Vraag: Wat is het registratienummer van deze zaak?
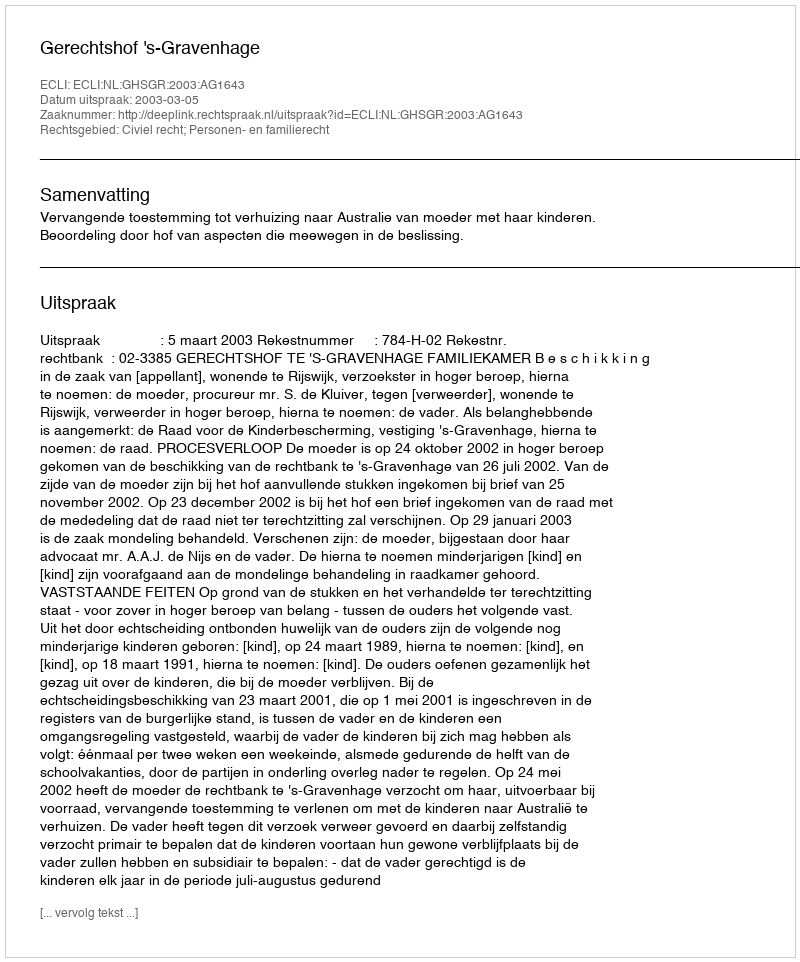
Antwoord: http://deeplink.rechtspraak.nl/uitspraak?id=ECLI:NL:GHSGR:2003:AG1643